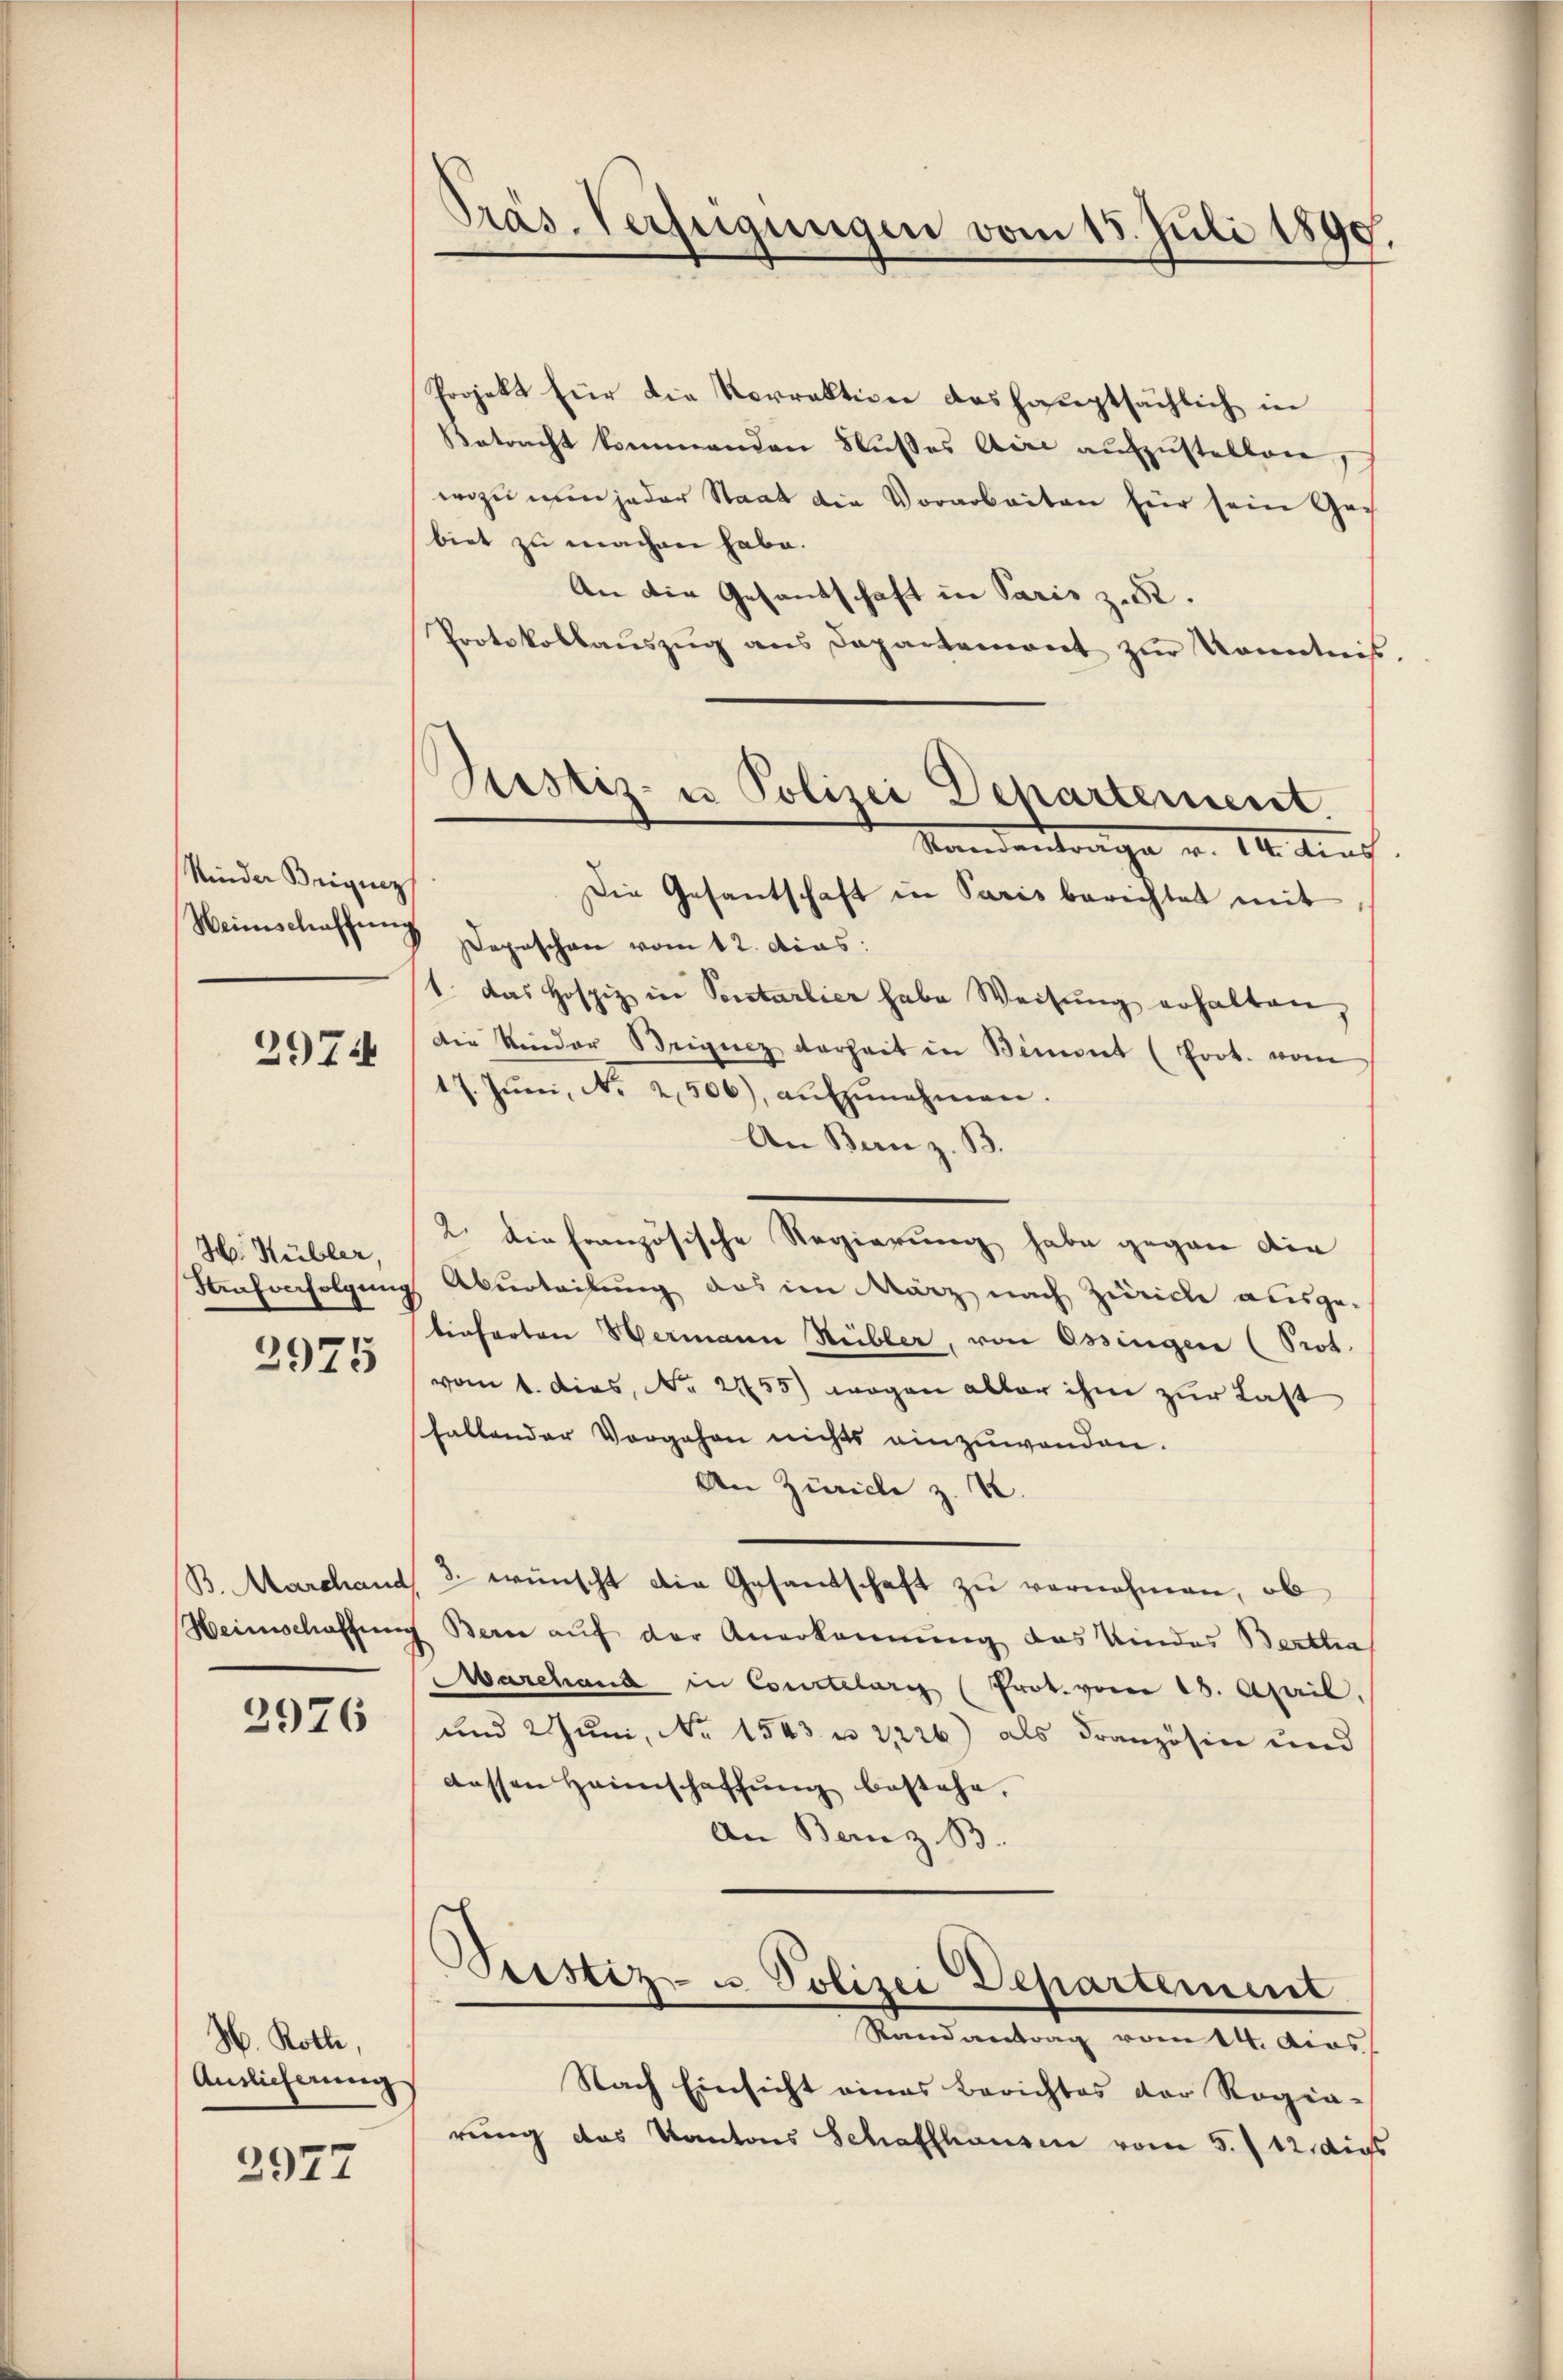
Kinder Briguez
Weinschaffung

2974

H. Hübler,
2975

B. Marchand

2976

H. Roth,
Auslieferung

2977

Präs. Verfügungen vom 15. Juli 1899.

Justiz- u Polizei Departement
Standenten dies

Projekt für die Verraktion deshauptsächlich in
Betracht kommenden Nußes Aire aufzustellen.
wozu nun jeder Staat die Vorarbeiten für sein Gebiet zu machen habe.
An die Gesandschaft in Paris z. 82.
Protokollaŭszŭg ans Departement zŭr Kenntniß
Die Gesantschaft in Paris berichtet mit
Depeschwer vom 12. dcas:
1. Das Hospiz in Sontarlier habe Weisŭng erhalten,
Die Kinder Briguez darheit in Bimmet (Prot. vom
17. Jŭni, N. 2506), aŭfzŭnehmen.
An Bern z. B.
2. Die französische Regierung habe gegen die
Strafverfolgung Aburteilung das im März nach Zürich ausge-
tieferten Hermann Hübler, von Ossingen (Prot.
vom 1. dies, No. 2155) wogen aller ihm zur Last
fallender Vorgehen nichts einzuwenden.
An Zürich z. B.
3. wünscht die Gesantschaft zŭ vernohmen, ob
Heimschaffung Bern auf der Anerkennung das Kindes Bertha
Marchand in Conclelary (Prot. vom 18. April.
und 2 Juni, No 1543 u. 2226) als Französin und
dessen Heimschaffung bestehe,
An Bern z. B.
Peistiz- u. Polizei Departement
Randantrag vom 14. des
Nach Einsicht eines Berichtes der Rogia-
rung das Kantons Schaffhausen vom 5. 112 digs